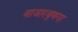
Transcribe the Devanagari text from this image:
बाजारबुणगा